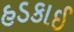
હડકાઈ